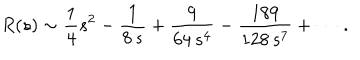
R ( s ) \sim { \frac { 1 } { 4 } } s ^ { 2 } - { \frac { 1 } { 8 \, s } } + { \frac { 9 } { 6 4 \, s ^ { 4 } } } - { \frac { 1 8 9 } { 1 2 8 \, s ^ { 7 } } } + \cdots \, .